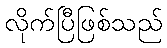
လိုက်ပြီဖြစ်သည်